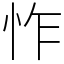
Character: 怍